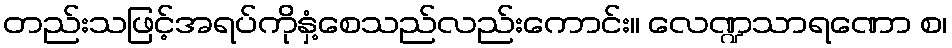
တည်းသဖြင့်အရပ်ကိုနှံ့စေသည်လည်းကောင်း။ လေဏ္ဍသာရဏော စ၊